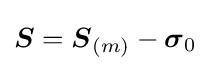
{\boldsymbol {S}}={\boldsymbol {S}}_{(m)}-{\boldsymbol {\sigma }}_{0}